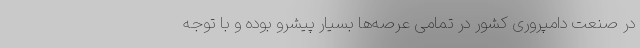
در صنعت دامپروری کشور در تمامی عرصه‌ها بسیار پیشرو بوده و با توجه